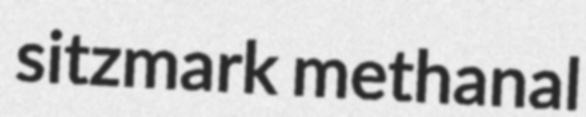
sitzmark methanal